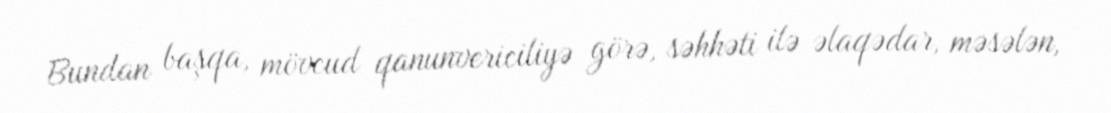
Bundan başqa, mövcud qanunvericiliyə görə, səhhəti ilə əlaqədar, məsələn,